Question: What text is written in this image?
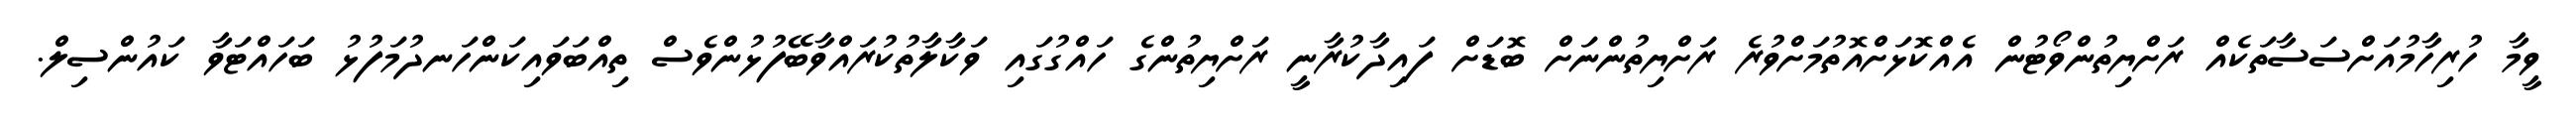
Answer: ވީމާ ހުރިހާމުއަށްސަސާތަކެއް ރަށްޔިތުންވޯޓުން އެއްކޮޅަށްއޮތުމަށްވުރެ ރަށްޔިތުންނަށް ބޮޑަށް ފައިދާކުރާނީ ރަށްޔިތުންގެ ހައްގުގައި ވަކާލާތުކުރައްވާބޭފުޅުންވެސް ތިއްބަވައިކަންހަނދުމަފުޅު ބަހައްޓަވާ ކައުންސިލް.